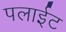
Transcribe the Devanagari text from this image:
पलाईट